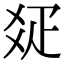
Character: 𤕟